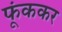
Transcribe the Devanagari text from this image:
फूंककर